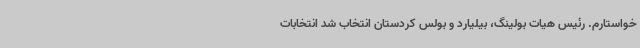
خواستارم. رئیس هیات بولینگ، بیلیارد و بولس کردستان انتخاب شد انتخابات